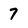
Character: 7